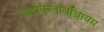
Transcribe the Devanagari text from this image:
डाइफिलोबॉ्थ्रायम